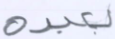
بعبده